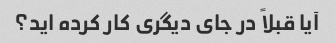
آیا قبلاً در جای دیگری کار کرده اید؟